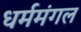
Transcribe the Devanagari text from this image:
धर्ममंगल